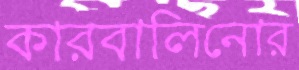
কারবালিনোর